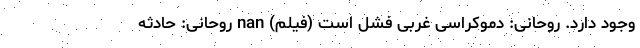
وجود دارد. روحانی: دموکراسی غربی فشل است (فیلم) nan روحانی: حادثه